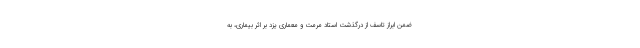
ضمن ابراز تاسف از درگذشت استاد مرمت و معماری یزد بر اثر بیماری، به